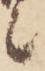
候